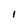
Character: l